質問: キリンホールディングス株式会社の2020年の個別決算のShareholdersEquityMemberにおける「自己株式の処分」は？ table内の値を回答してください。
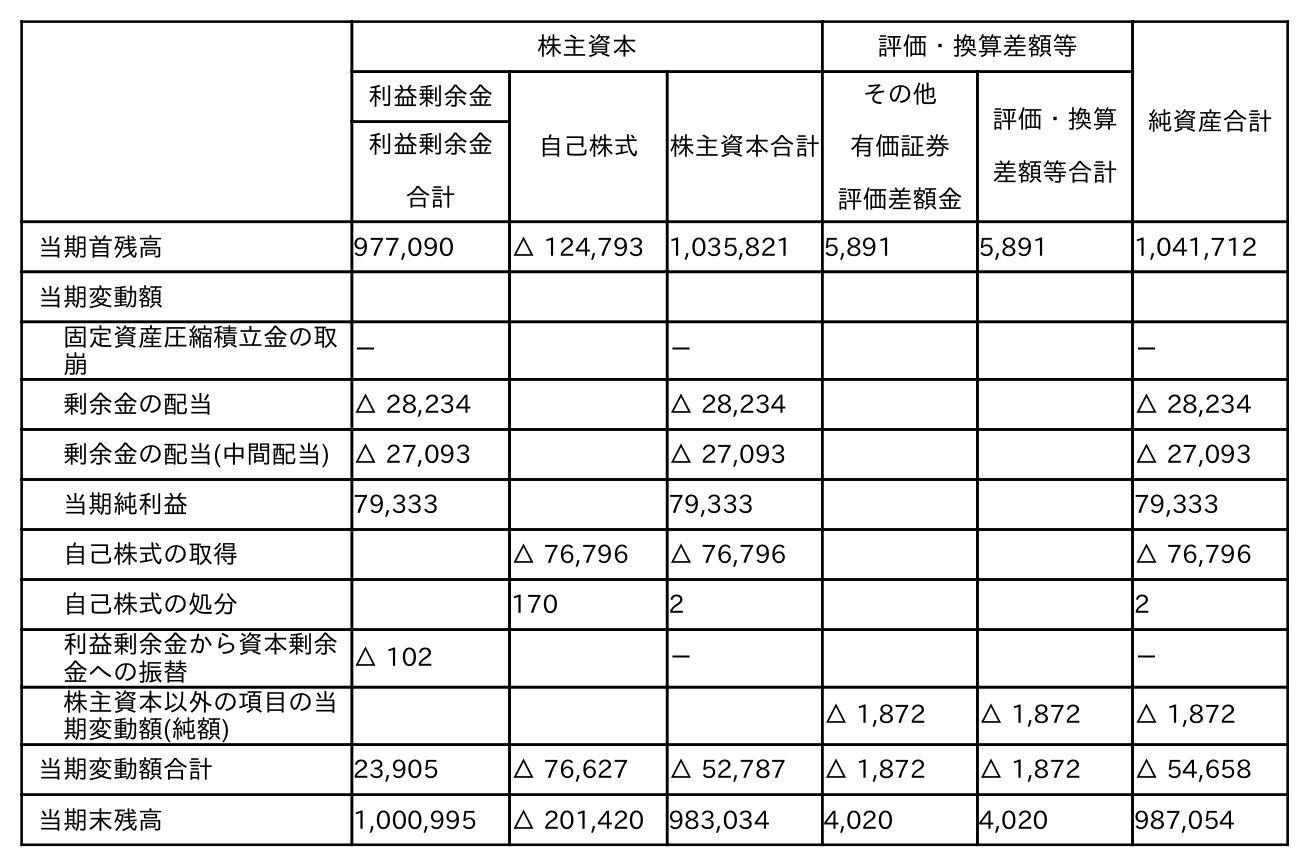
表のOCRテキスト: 株主資本 評価・換算差額等 純資産合計 利益剰余金 自己株式 株主資本合計 その他 有価証券 評価差額金 評価・換算 差額等合計 利益剰余金 合計 当期首残高 977,090 △ 124,793 1,035,821 5,891 5,891 1,041,712 当期変動額 固定資産圧縮積立金の取 崩 － － － 剰余金の配当 △ 28,234 △ 28,234 △ 28,234 剰余金の配当(中間配当) △ 27,093 △ 27,093 △ 27,093 当期純利益 79,333 79,333 79,333 自己株式の取得 △ 76,796 △ 76,796 △ 76,796 自己株式の処分 170 2 2 利益剰余金から資本剰余 金への振替 △ 102 － － 株主資本以外の項目の当 期変動額(純額) △ 1,872 △ 1,872 △ 1,872 当期変動額合計 23,905 △ 76,627 △ 52,787 △ 1,872 △ 1,872 △ 54,658 当期末残高 1,000,995 △ 201,420 983,034 4,020 4,020 987,054
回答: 2